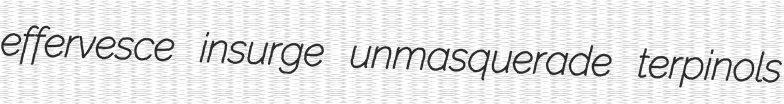
effervesce insurge unmasquerade terpinols